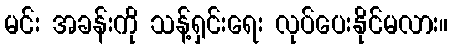
မင်း အခန်းကို သန့်ရှင်းရေး လုပ်ပေးနိုင်မလား။